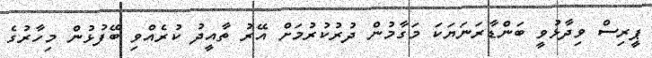
ޕީރިސް ވިދާޅުވީ ބަންޑާރަނަޔަކަ މަގާމުން ދުރުކުރުމަށް އޭރު ތާއީދު ކުރެއްވި ބޭފުޅުން މިހާރުގެ